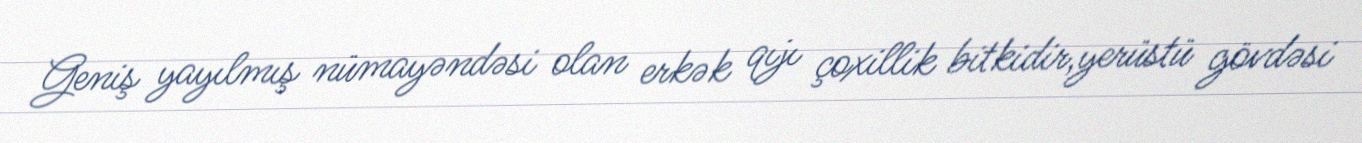
Geniş yayılmış nümayəndəsi olan erkək qıjı çoxillik bitkidir,yerüstü gövdəsi